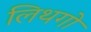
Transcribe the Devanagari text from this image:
लिथगो